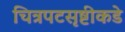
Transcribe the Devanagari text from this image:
चित्रपटसृष्टीकडे